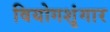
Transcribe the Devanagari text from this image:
वियोगशृंगार